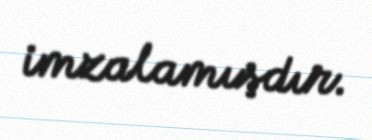
imzalamışdır.